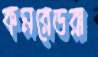
কমরেডরা